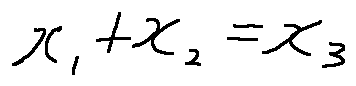
x _ { 1 } + x _ { 2 } = x _ { 3 }